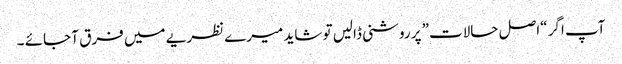
آپ اگر “اصل حالات” پر روشنی ڈالیں تو شاید میرے نظریے میں فرق آ جائے ۔